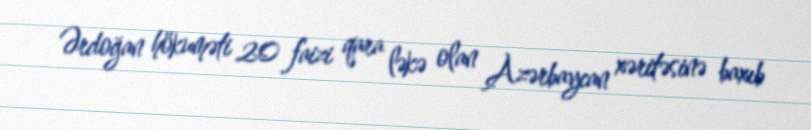
Ərdoğan hökuməti 20 faizi qara ləkə olan Azərbaycan xəritəsinə baxıb